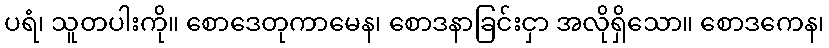
ပရံ၊ သူတပါးကို။ စောဒေတုကာမေန၊ စောဒနာခြင်းငှာ အလိုရှိသော။ စောဒကေန၊